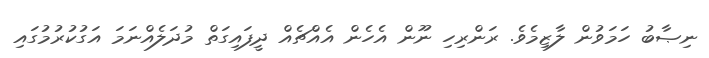
ނިޞާބު ހަމަވުން ލާޒިމެވެ. ރަންރިހި ނޫން އެހެން އެއްޗެއް ދީފައިގަތް މުދަލެއްނަމަ އަގުކުރުމުގައި